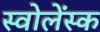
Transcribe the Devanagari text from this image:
स्वोलेंस्क